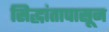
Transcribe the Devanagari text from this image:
सिद्धांतापासून